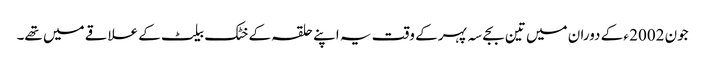
جون 2002 ء کے دوران میں تین بجے سہ پہر کے وقت یہ اپنے حلقہ کے خٹک بیلٹ کے علاقے میں تھے۔